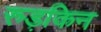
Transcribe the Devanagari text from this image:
रुड़किन